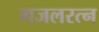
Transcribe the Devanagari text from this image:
गजलरत्‍न